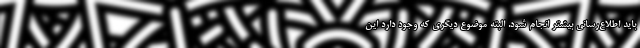
باید اطلاع‌رسانی بیشتر انجام شود. البته موضوع دیگری که وجود دارد این